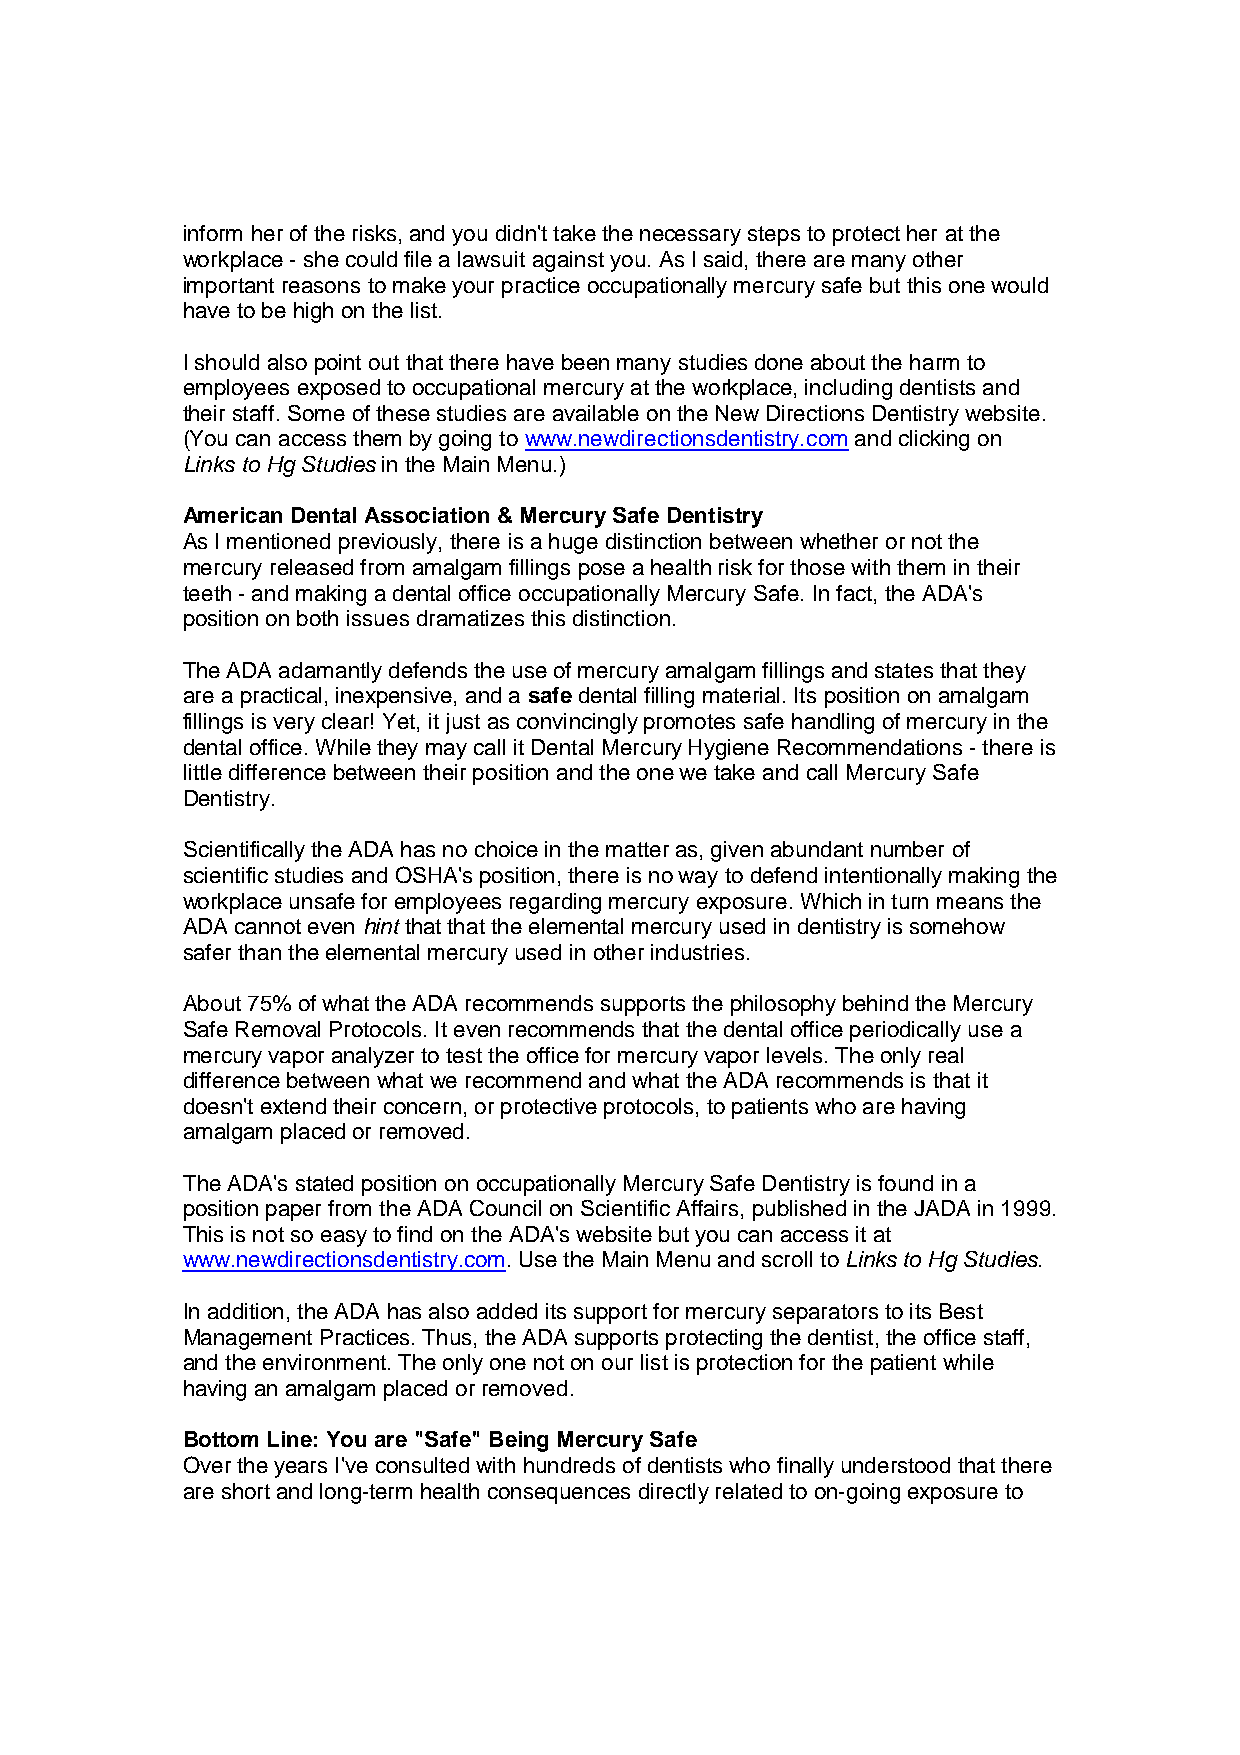
inform her of the risks, and you didn't take the necessary steps to protect her at the
 workplace - she could file a lawsuit against you. As I said, there are many other
 important reasons to make your practice occupationally mercury safe but this one would
 have to be high on the list.
 I should also point out that there have been many studies done about the harm to
 employees exposed to occupational mercury at the workplace, including dentists and
 their staff. Some of these studies are available on the New Directions Dentistry website.
 (You can access them by going to www.newdirectionsdentistry.com and clicking on
 Links to Hg Studies in the Main Menu.)
 American Dental Association & Mercury Safe Dentistry
 As I mentioned previously, there is a huge distinction between whether or not the
 mercury released from amalgam fillings pose a health risk for those with them in their
 teeth - and making a dental office occupationally Mercury Safe. In fact, the ADA's
 position on both issues dramatizes this distinction.
 The ADA adamantly defends the use of mercury amalgam fillings and states that they
 are a practical, inexpensive, and a safe dental filling material. Its position on amalgam
 fillings is very clear! Yet, it just as convincingly promotes safe handling of mercury in the
 dental office. While they may call it Dental Mercury Hygiene Recommendations - there is
 little difference between their position and the one we take and call Mercury Safe
 Dentistry.
 Scientifically the ADA has no choice in the matter as, given abundant number of
 scientific studies and OSHA's position, there is no way to defend intentionally making the
 workplace unsafe for employees regarding mercury exposure. Which in turn means the
 ADA cannot even hint that that the elemental mercury used in dentistry is somehow
 safer than the elemental mercury used in other industries.
 About 75% of what the ADA recommends supports the philosophy behind the Mercury
 Safe Removal Protocols. It even recommends that the dental office periodically use a
 mercury vapor analyzer to test the office for mercury vapor levels. The only real
 difference between what we recommend and what the ADA recommends is that it
 doesn't extend their concern, or protective protocols, to patients who are having
 amalgam placed or removed.
 The ADA's stated position on occupationally Mercury Safe Dentistry is found in a
 position paper from the ADA Council on Scientific Affairs, published in the JADA in 1999.
 This is not so easy to find on the ADA's website but you can access it at
 www.newdirectionsdentistry.com. Use the Main Menu and scroll to Links to Hg Studies.
 In addition, the ADA has also added its support for mercury separators to its Best
 Management Practices. Thus, the ADA supports protecting the dentist, the office staff,
 and the environment. The only one not on our list is protection for the patient while
 having an amalgam placed or removed.
 Bottom Line: You are "Safe" Being Mercury Safe
 Over the years I've consulted with hundreds of dentists who finally understood that there
 are short and long-term health consequences directly related to on-going exposure to